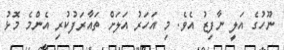
ނޫހުގެ އަލީ ނާފިޒު އެވެ. މި އަހަރު އަލަށް ތައާރަފުކުރި އެންމެ މޮޅު